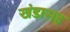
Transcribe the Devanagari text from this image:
खंडासह